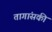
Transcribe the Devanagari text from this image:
तागांसकी